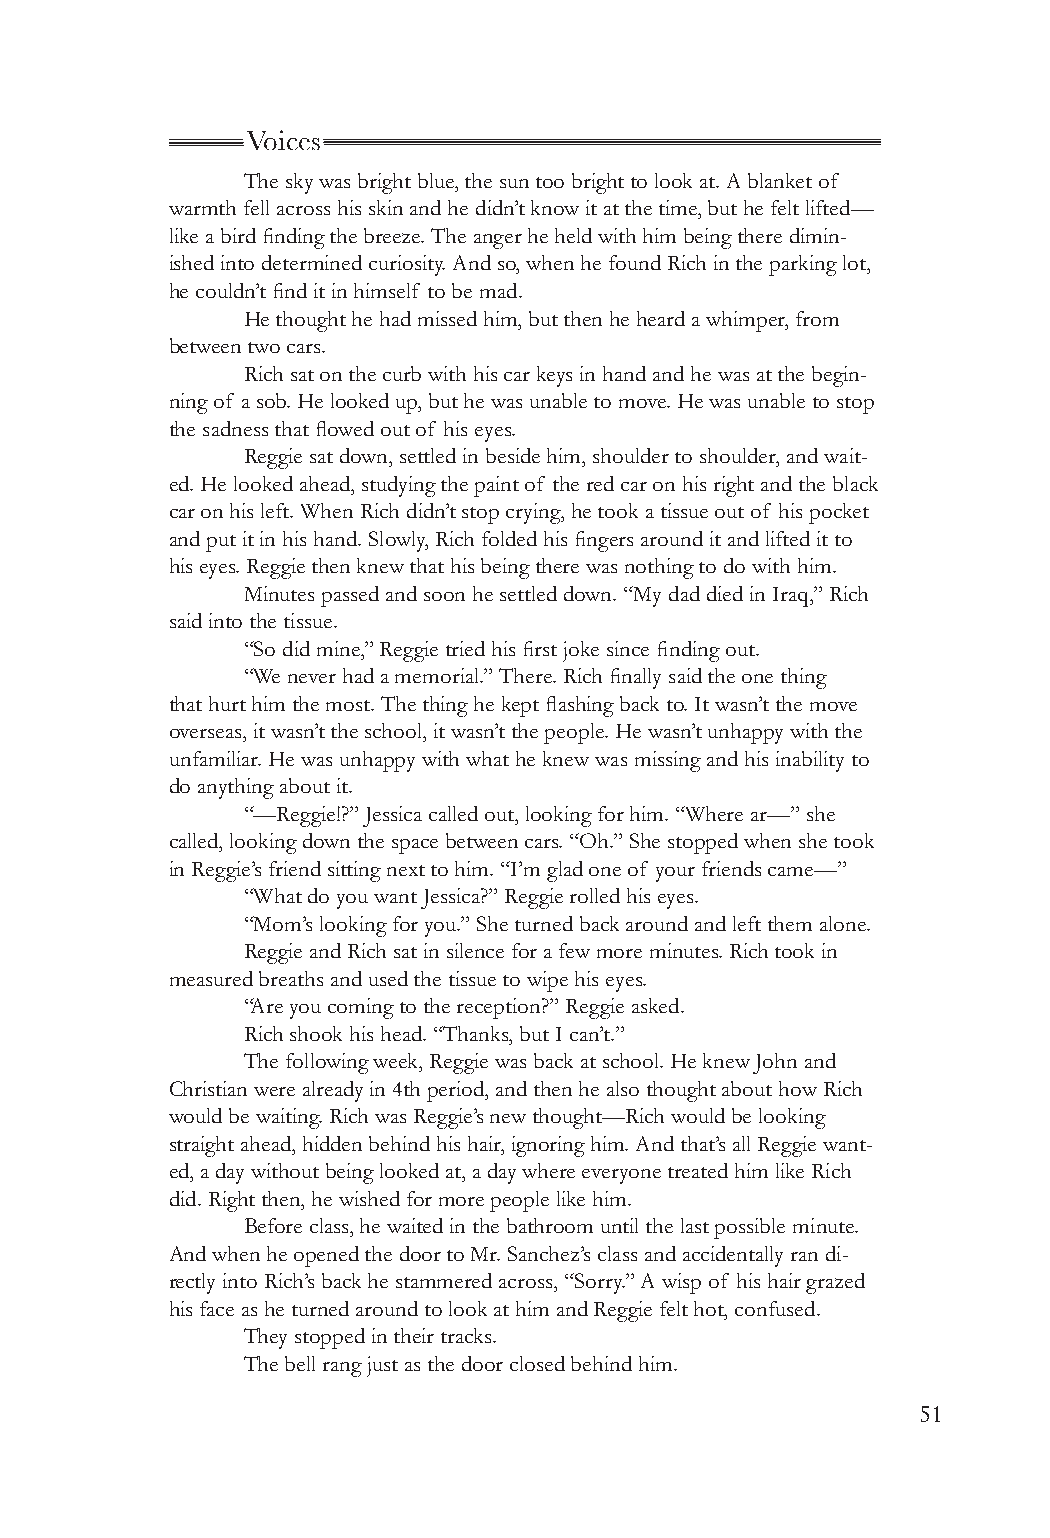
Voices
 The sky was bright blue, the sun too bright to look at. A blanket of
 warmth fell across his skin and he didn’t know it at the time, but he felt lifted—
 like a bird finding the breeze. The anger he held with him being there dimin-
 ished into determined curiosity. And so, when he found Rich in the parking lot,
 he couldn’t find it in himself to be mad.
 He thought he had missed him, but then he heard a whimper, from
 between two cars.
 Rich sat on the curb with his car keys in hand and he was at the begin-
 ning of a sob. He looked up, but he was unable to move. He was unable to stop
 the sadness that flowed out of his eyes.
 Reggie sat down, settled in beside him, shoulder to shoulder, and wait-
 ed. He looked ahead, studying the paint of the red car on his right and the black
 car on his left. When Rich didn’t stop crying, he took a tissue out of his pocket
 and put it in his hand. Slowly, Rich folded his fingers around it and lifted it to
 his eyes. Reggie then knew that his being there was nothing to do with him.
 Minutes passed and soon he settled down. “My dad died in Iraq,” Rich
 said into the tissue.
 “So did mine,” Reggie tried his first joke since finding out.
 “We never had a memorial.” There. Rich finally said the one thing
 that hurt him the most. The thing he kept flashing back to. It wasn’t the move
 overseas, it wasn’t the school, it wasn’t the people. He wasn’t unhappy with the
 unfamiliar. He was unhappy with what he knew was missing and his inability to
 do anything about it.
 “—Reggie!?” Jessica called out, looking for him. “Where ar—” she
 called, looking down the space between cars. “Oh.” She stopped when she took
 in Reggie’s friend sitting next to him. “I’m glad one of your friends came—”
 “What do you want Jessica?” Reggie rolled his eyes.
 “Mom’s looking for you.” She turned back around and left them alone.
 Reggie and Rich sat in silence for a few more minutes. Rich took in
 measured breaths and used the tissue to wipe his eyes.
 “Are you coming to the reception?” Reggie asked.
 Rich shook his head. “Thanks, but I can’t.”
 The following week, Reggie was back at school. He knew John and
 Christian were already in 4th period, and then he also thought about how Rich
 would be waiting. Rich was Reggie’s new thought—Rich would be looking
 straight ahead, hidden behind his hair, ignoring him. And that’s all Reggie want-
 ed, a day without being looked at, a day where everyone treated him like Rich
 did. Right then, he wished for more people like him.
 Before class, he waited in the bathroom until the last possible minute.
 And when he opened the door to Mr. Sanchez’s class and accidentally ran di-
 rectly into Rich’s back he stammered across, “Sorry.” A wisp of his hair grazed
 his face as he turned around to look at him and Reggie felt hot, confused.
 They stopped in their tracks.
 The bell rang just as the door closed behind him.
 51